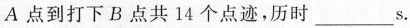
A 点到打下B点共14个点迹，历时___s